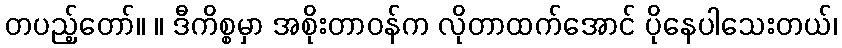
တပည့်တော်။ ။ ဒီကိစ္စမှာ အစိုးတာဝန်က လိုတာထက်အောင် ပိုနေပါသေးတယ်၊